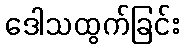
ဒေါသထွက်ခြင်း